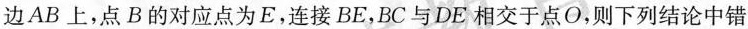
边AB上，点B的对应点为E，连接BE，BC与DE相交于点O，则下列结论中错